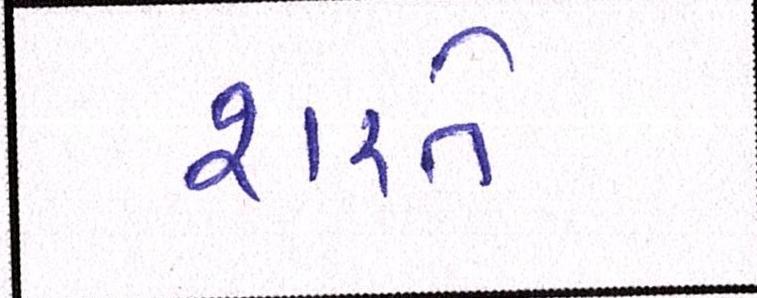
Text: શરતે